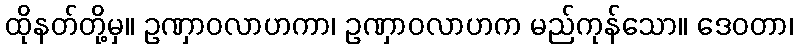
ထိုနတ်တို့မှ။ ဥဏှာဝလာဟကာ၊ ဥဏှာဝလာဟက မည်ကုန်သော။ ဒေဝတာ၊